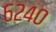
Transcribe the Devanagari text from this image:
६२४०